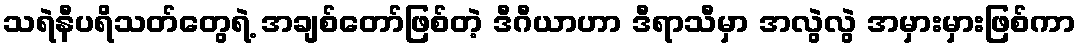
သရဲနီပရိသတ်တွေရဲ့ အချစ်တော်ဖြစ်တဲ့ ဒီဂီယာဟာ ဒီရာသီမှာ အလွဲလွဲ အမှားမှားဖြစ်ကာ